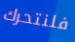
فلنتحرك